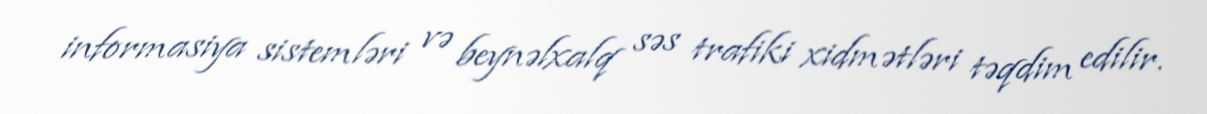
informasiya sistemləri və beynəlxalq səs trafiki xidmətləri təqdim edilir.